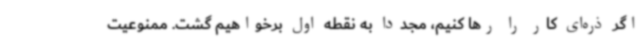
اگر ذره‌ای کار را رها کنیم، مجدداً به نقطه اول برخواهیم گشت. ممنوعیت